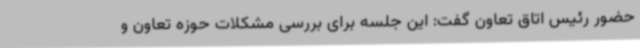
حضور رئیس اتاق تعاون گفت: این جلسه برای بررسی مشکلات حوزه تعاون و